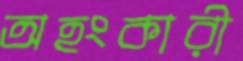
অহংকারী